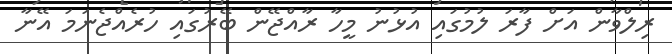
ރިލްވާން އަށް ފާރަ ލުމުގައި އުޅުނު މީހާ ރާއްޖޭން ބޭރުގައި ހުރެއްޖެނަމަ އޭނާ